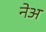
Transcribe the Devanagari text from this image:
नेअ